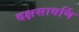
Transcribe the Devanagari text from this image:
दक्षसावर्णि